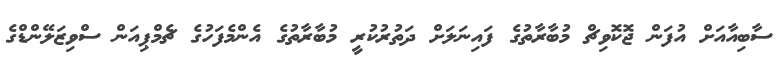
ސާބިއާއަށް އުފަން ޖޮކޮވިޗް މުބާރާތުގެ ފައިނަލަށް ދަތުރުކުރީ މުބާރާތުގެ އެންމެފަހުގެ ޗެމްޕިއަން ސްވިޒަލޭންޑްގެ